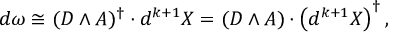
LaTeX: d \omega \cong ( D \wedge A ) ^ { \dagger } \cdot d ^ { k + 1 } X = ( D \wedge A ) \cdot \left( d ^ { k + 1 } X \right) ^ { \dagger } ,